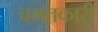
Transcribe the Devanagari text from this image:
चमतकारी